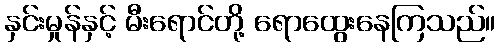
နှင်းမှုန်နှင့် မီးရောင်တို့ ရောထွေးနေကြသည်။